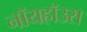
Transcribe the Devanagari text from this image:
नॉयहॉउस